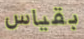
بقياس